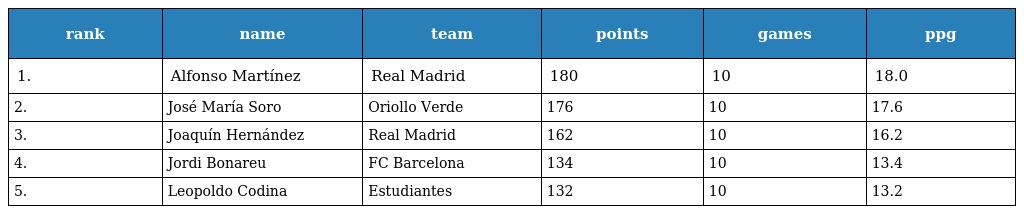
| rank | name | team | points | games | ppg |
 | --- | --- | --- | --- | --- | --- |
 | 1. | Alfonso Martínez | Real Madrid | 180 | 10 | 18.0 |
 | 2. | José María Soro | Oriollo Verde | 176 | 10 | 17.6 |
 | 3. | Joaquín Hernández | Real Madrid | 162 | 10 | 16.2 |
 | 4. | Jordi Bonareu | FC Barcelona | 134 | 10 | 13.4 |
 | 5. | Leopoldo Codina | Estudiantes | 132 | 10 | 13.2 |